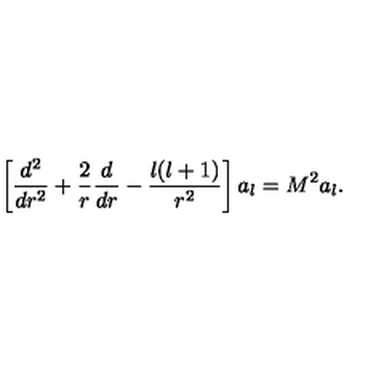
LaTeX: \left[ { \frac { d ^ { 2 } } { d r ^ { 2 } } } + { \frac { 2 } { r } } { \frac { d } { d r } } - { \frac { l ( l + 1 ) } { r ^ { 2 } } } \right] a _ { l } = M ^ { 2 } a _ { l } .